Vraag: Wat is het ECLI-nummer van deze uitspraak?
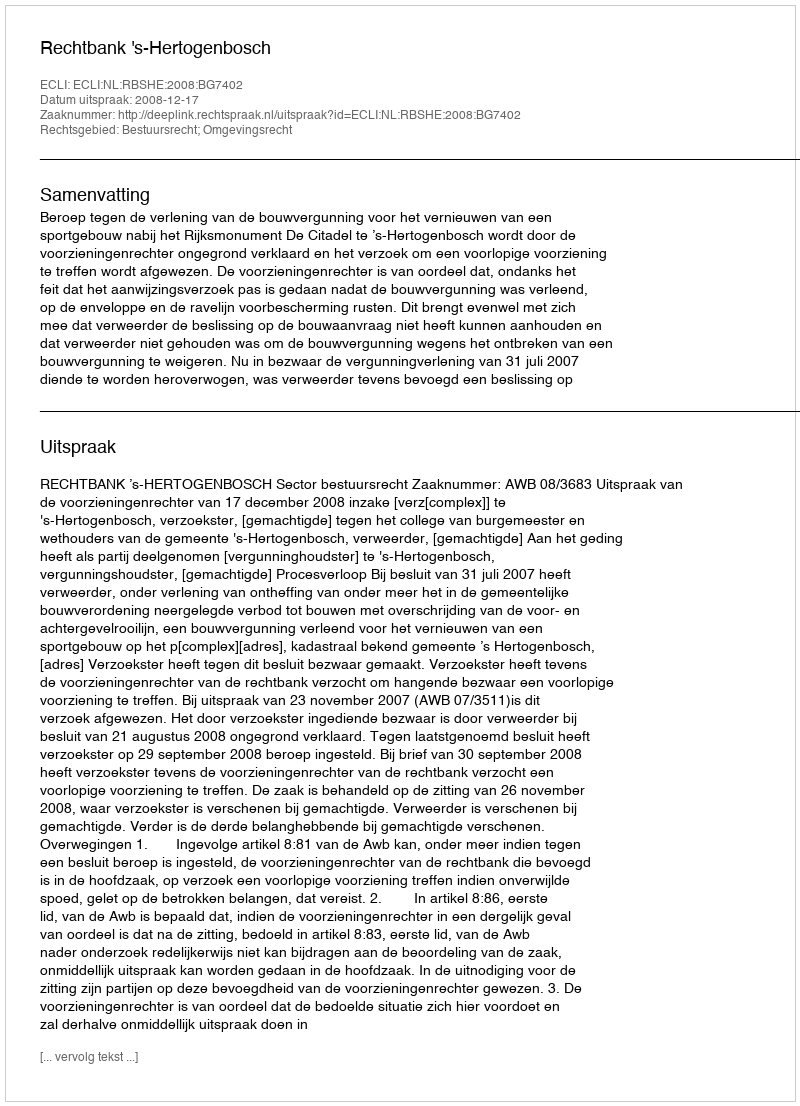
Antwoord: ECLI:NL:RBSHE:2008:BG7402